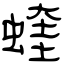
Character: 蝰